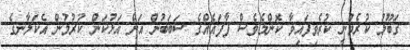
ގަބޫލު ކުރެވުނީ ކުރެވިފައިވާ ކޮންމެވެސް ފާފައެއްގެ ސަބަބުން އަށް އަޅުކަން ކުރުމުން އެކަލާނގެ